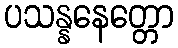
ပသန္နနေတ္တော